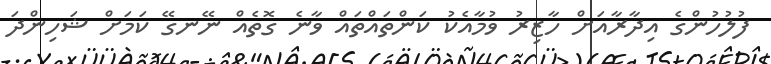
ފުލުހުންގެ އިދާރާއަށް ހާޒިރު ވުމާއެކު ކަންތައްތައް ވާނެ ގޮތެއް ނޭނގޭ ކަމަށް ޝަހިންދަ